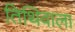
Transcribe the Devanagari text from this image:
तिथिवाला